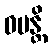
ဝပန္တိ